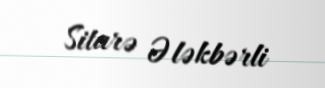
Sitarə Ələkbərli